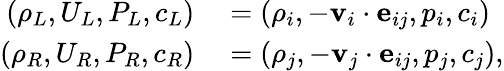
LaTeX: \begin{array}{rl}{\left(\rho_{L},U_{L},P_{L},c_{L}\right)}&{{}=\left(\rho_{i},-\textbf{v}_{i}\cdot\textbf{e}_{ij},p_{i},c_{i}\right)}\\ {\left(\rho_{R},U_{R},P_{R},c_{R}\right)}&{{}=\left(\rho_{j},-\textbf{v}_{j}\cdot\textbf{e}_{ij},p_{j},c_{j}\right),}\end{array}